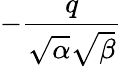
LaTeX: -{\frac{q}{{\sqrt{\alpha}}{\sqrt{\beta}}}}